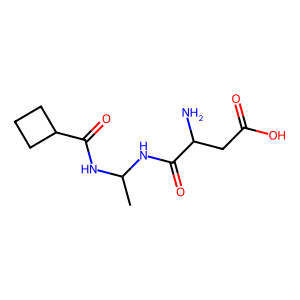
SMILES: CC(NC(=O)C(N)CC(=O)O)NC(=O)C1CCC1
Inhibits HIV replication: No